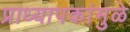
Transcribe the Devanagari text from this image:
प्राध्यापकांमुळे